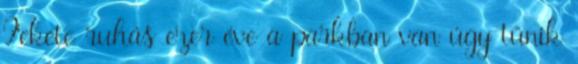
Fekete ruhás ezer éve a parkban van úgy tűnik